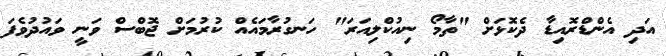
އަދި އެންޑްރޮއިޑާ ދެކޮޅަށް "ތާމޯ ނިއުކްލިއަރަ" ހަނގުރާމައެއް ކުރުމަށް ޖޮބްސް ވަނީ ވައުދުވެފަ